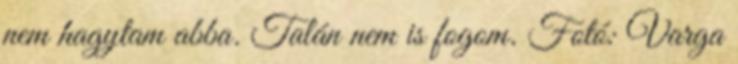
nem hagytam abba. Talán nem is fogom. Fotó: Varga